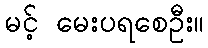
မင့် မေးပရစေဦး။